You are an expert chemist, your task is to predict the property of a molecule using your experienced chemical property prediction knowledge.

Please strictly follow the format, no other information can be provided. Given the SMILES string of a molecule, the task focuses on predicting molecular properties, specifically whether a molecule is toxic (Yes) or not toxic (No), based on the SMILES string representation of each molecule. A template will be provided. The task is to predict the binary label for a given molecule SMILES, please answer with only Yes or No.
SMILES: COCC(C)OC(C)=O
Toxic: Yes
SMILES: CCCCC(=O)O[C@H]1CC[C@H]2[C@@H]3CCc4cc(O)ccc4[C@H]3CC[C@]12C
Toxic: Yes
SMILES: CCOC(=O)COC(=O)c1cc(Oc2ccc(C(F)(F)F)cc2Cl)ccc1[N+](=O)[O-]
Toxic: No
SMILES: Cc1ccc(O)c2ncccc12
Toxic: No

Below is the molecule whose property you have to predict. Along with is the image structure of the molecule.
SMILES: ClC(Cl)C(Cl)Cl
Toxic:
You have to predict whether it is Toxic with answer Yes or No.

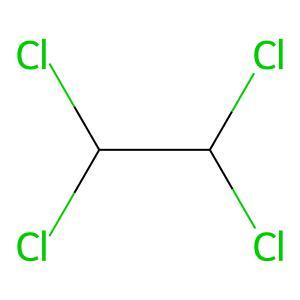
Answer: No